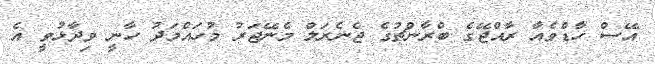
އޭސް ހާޑްވެއާ ރާއްޖޭގެ ބްރާންޗުގެ ޖެނެރަލް މެނޭޖަރު މުހައްމަދު ހާނީ ވިދާޅުވީ އެ